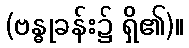
(ဗန္ဓုခန်း၌ ရှိ၏)။